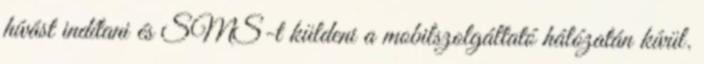
hívást indítani és SMS-t küldeni a mobilszolgáltató hálózatán kívül.